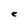
Character: e